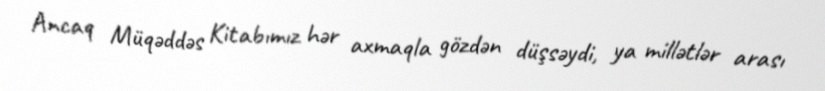
Ancaq Müqəddəs Kitabımız hər axmaqla gözdən düşsəydi, ya millətlər arası